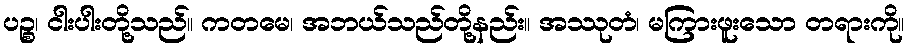
ပဉ္စ၊ ငါးပါးတို့သည်။ ကတမေ၊ အဘယ်သည်တို့နည်း။ အဿုတံ၊ မကြားဖူးသော တရားကို။